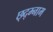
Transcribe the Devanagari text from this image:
छ्द्म्नाम